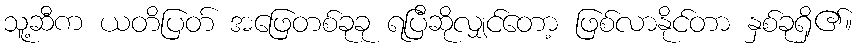
သူ့ဆီက ယတိပြတ် အဖြေတစ်ခုခု ရပြီဆိုလျှင်တော့ ဖြစ်လာနိုင်တာ နှစ်ခုရှိ၏။